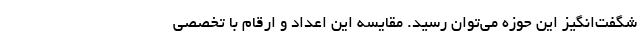
شگفت‌انگیز این حوزه می‌توان رسید. مقایسه این اعداد و ارقام با تخصصی